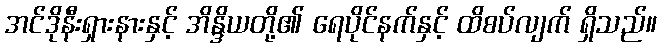
အင်ဒိုနီးရှားနားနှင့် အိန္ဒိယတို့၏ ရေပိုင်နက်နှင့် ထိစပ်လျက် ရှိသည်။